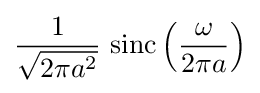
{\frac {1}{\sqrt {2\pi a^{2}}}}\,\operatorname {sinc} \left({\frac {\omega }{2\pi a}}\right)